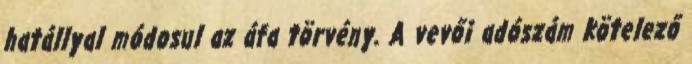
hatállyal módosul az áfa törvény. A vevői adószám kötelező